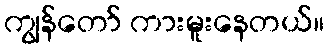
ကျွန်တော် ကားမူးနေတယ်။